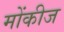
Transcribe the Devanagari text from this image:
मोंकीज